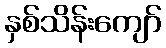
နှစ်သိန်းကျော်